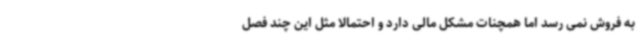
به فروش نمی رسد اما همچنات مشکل مالی دارد و احتمالا مثل این چند فصل